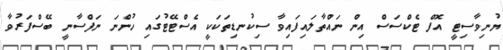
ޔުނިވާސިޓީ އޮފް ޓެކްސަސް އިން ނައްތާލައިފައިވާ ސިކުނޑިތަކަކީ އެސްޓޭޓުގައި ހުންނަ ނަފްސާނީ ބޭސްފަރުވާ